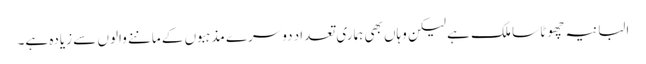
البانیہ چھوٹا سا ملک ہے لیکن وہاں بھی ہماری تعداد دوسرے مذہبوں کے ماننے والوں سے زیادہ ہے۔